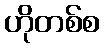
ဟိုတစ်စ